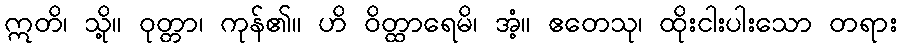
ဣတိ၊ သို့။ ဝုတ္တာ၊ ကုန်၏။ ဟိ ဝိတ္ထာရေမိ၊ အံ့။ ဧတေသု၊ ထိုးငါးပါးသော တရား